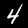
Label: 4